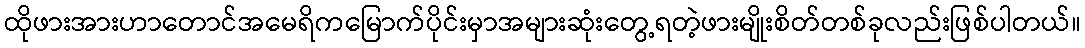
ထိုဖားအားဟာတောင်အမေရိကမြောက်ပိုင်းမှာအများဆုံးတွေ့ရတဲ့ဖားမျိုးစိတ်တစ်ခုလည်းဖြစ်ပါတယ်။